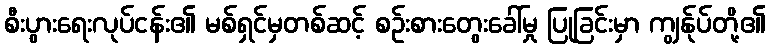
စီးပွားရေးလုပ်ငန်း၏ မစ်ရှင်မှတစ်ဆင့် စဉ်းစားတွေးခေါ်မှု ပြုခြင်းမှာ ကျွန်ုပ်တို့၏